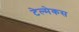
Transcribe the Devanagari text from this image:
टेल्मेकस